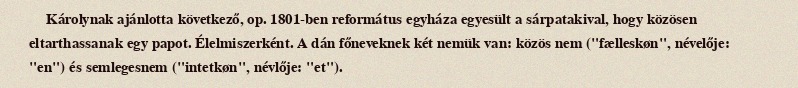
Károlynak ajánlotta következő, op. 1801-ben református egyháza egyesült a sárpatakival, hogy közösen eltarthassanak egy papot. Élelmiszerként. A dán főneveknek két nemük van: közös nem ("fælleskøn", névelője: "en") és semlegesnem ("intetkøn", névlője: "et").